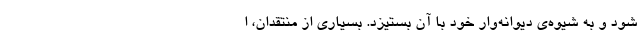
شود و به شیوه‌ی دیوانه‌وار خود با آن بستیزد. بسیاری از منتقدان، ا